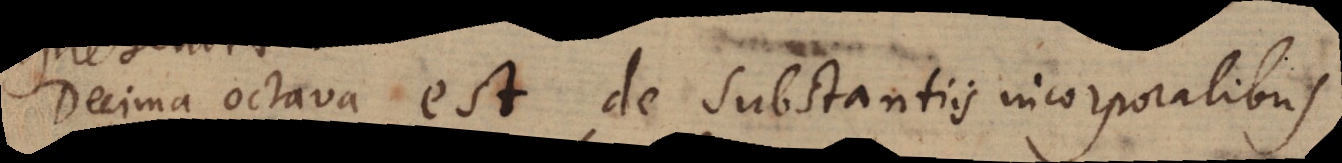
Decima octava est de substantiis incorporalibus